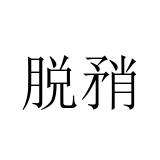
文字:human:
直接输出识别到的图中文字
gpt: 脱矟